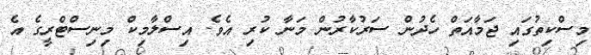
މިސްކިތުގައި ޖަމާއަތް ހެދުން ސަރުކާރުން މަނާ ކުރި އެވެ. އިސްލާމިކް މިނިސްޓްރީގެ އެ